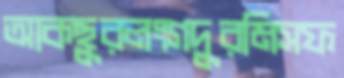
আকছুরলংগদুরমিসফ